Report on horse surra - Volume II, Part II
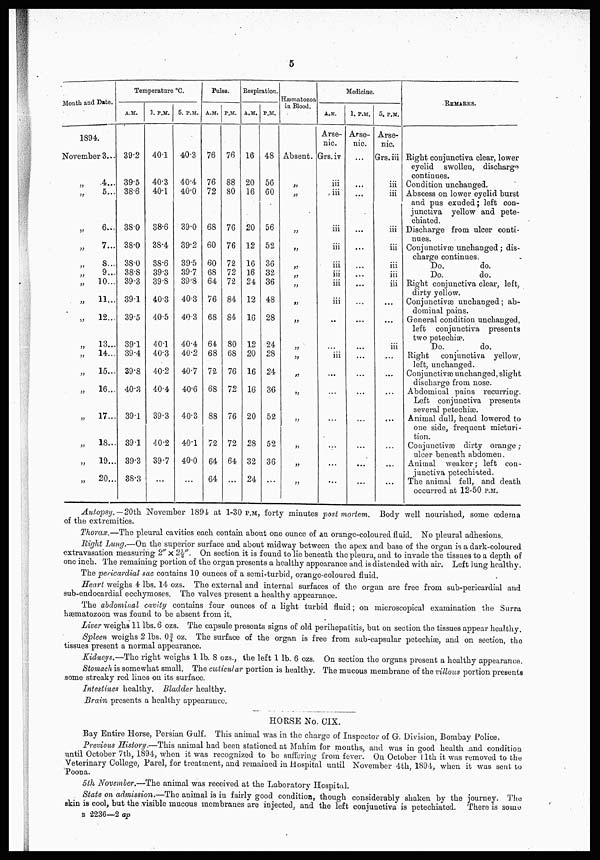
5
Month and Date.
1894.
November 3...
„
„
„
„
„
„
„
„
„
33
33
33
„
„
33
33
33
4...
5...
6...
7...
S...
9...
10...
11...
12...
13...
14...
15...
16...
17...
18...
19...
20...
Temperature°C.
A.M.
39.2
39.5
38.6
38.0
38.0
38.0
38.8
39.3
39.1
39.5
39.1
39..4
39.8
40.3
39.1
39.1
39.3
38.3
3. P.M.
40.1
40.3
40.1
38.6
38.4
38.6
39.3
39.8
40.3
40.5
40.1
40.3
40.2
40.4
39.3
40.2
39.7
...
5. P.M.
40.3
40.4
40.0
39.0
39.2
39.5
39.7
39.8
40.3
40.3
40.4
40.2
40.7
40.6
40.3
40.1
40.0
...
Pulse.
A.M.
76
76
72
68
60
60
68
64
76
68
64
68
72
68
88
72
64
64
P.M.
76
88
80
76
76
72
72
72
84
84
80
68
76
72
76
72
64
...
Respiration.
A.M.
16
20
16
20
12
16
16
24
12
16
12
20
16
16
20
28
32
24
P.M.
48
56
60
56
52
36
32
36
48
28
24
28
24
36
52
52
36
...
Hæmatozoa
in Blood.
Absent.
„
„
„
„
„
„
„
„
„
„
„
„
„
„
„
„
33
Medicine.
A.M.
Arse-
nic.
Grs. iv
iii
iii
iii
iii
iii
iii
iii
iii
..
...
iii
...
...
...
...
...
...
1. P.M.
Arse-
nic.
...
...
...
...
...
...
...
...
...
...
...
...
...
...
...
...
...
...
5. P.M.
Arse-
nic.
Grs. iii
iii
iii
iii
iii
iii
iii
iii
...
...
iii
...
...
...
...
...
...
...
REMARKS.
Right conjunctiva clear, lower
eyelid swollen, discharge
continues.
Condition unchanged.
Abscess on lower eyelid burst
and pus exuded; left con-
junctiva yellow and pete-
chiated.
Discharge from ulcer conti-
nues.
Conjimctivse unchanged; dis-
charge continues.
Do.
do.
Do.
do.
Right conjunctiva clear, left,
dirty yellow.
Conjunctivæ unchanged; ab-
dominal pains.
General condition unchanged,
left conjunctiva presents
two petechiæ.
Do.
do.
Right
conjunctiva yellow,
left, unchanged.
Conjunctivæ unchanged, slight
discharge from nose.
Abdominal pains recurring.
Left conjunctiva presents
several petechias.
Animal dull, head lowered to
one side, frequent micturi-
tion.
Conjunctivæ dirty orange;
ulcer beneath abdomen.
Animal weaker; left con-
junctiva petechiated.
The animal fell, and death
occurred at 12-50 p.m.
Autopsy. — 20th November 1894 at 1-30 P.M, forty minutes post mortem. Body well nourished, some œdema
of the extremities.
Thorax.—The pleural cavities each contain about one ounce of an orange-coloured fluid. No pleural adhesions.
Bight Lung.—On the superior surface and about midway between the apex and base of the organ is a dark-coloured
extravasation measuring 2" × 2½ On section it is found to lie beneath the pleura, and to invade the tissues to a depth of
one inch. The remaining portion of the organ presents a healthy appearance and is distended with air. Left lung healthy.
The pericardial sac contains 10 ounces of a semi-turbid, orange-coloured fluid.
Heart weighs 4 lbs. 14 ozs. The external and internal surfaces of the organ are free from sub-pericardial and
sub-endocardial ecchymoses. The valves present a healthy appearance.
The abdominal cavity contains four ounces of a light turbid fluid; on microscopical examination the Surra
hæmatozoon was found to be absent from it.
Liver weighs 11 lbs. 6 ozs. The capsule presents signs of old perihepatitis, but on section the tissues appear healthy.
Spleen weighs 2 lbs. Of oz. The surface of the organ is free from sub-capsular petechias, and on section, the
tissues present a normal appearance.
Kidneys.—The right weighs 1 lb. 8 ozs., the left 1 lb. 6 ozs. On section the organs present a healthy appearance.
Stomach is somewhat small. The cuticular portion is healthy. The mucous membrane of the villous portion presents
some streaky red lines on its surface.
Intestines healthy. Bladder healthy.
Brain presents a healthy appearance.
HORSE No. CIX.
Bay Entire Horse, Persian Gulf. This animal was in the charge of Inspector of G. Division, Bombay Police.
Previous History.—This animal had been stationed at Mahim for months, and was in good health and condition
until October 7th, 1894, when it was recognized to be suffering from fever. On October 11th it was removed to the
Veterinary College, Parel, for treatment, and remained in Hospital until November 4th, 1894, when it was sent to
Poona.
5th November.—The animal was received at the Laboratory Hospital.
State on admission.—The animal is in fairly good condition, though considerably shaken by the journey. The
skin is cool, but the visible mucous membranes are injected, and the left conjunctiva is petechiated. There is some
B 2236—2 ap